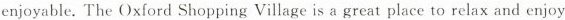
enjoyable. The Oxford Shopping Village is a great place to relax and enjoy